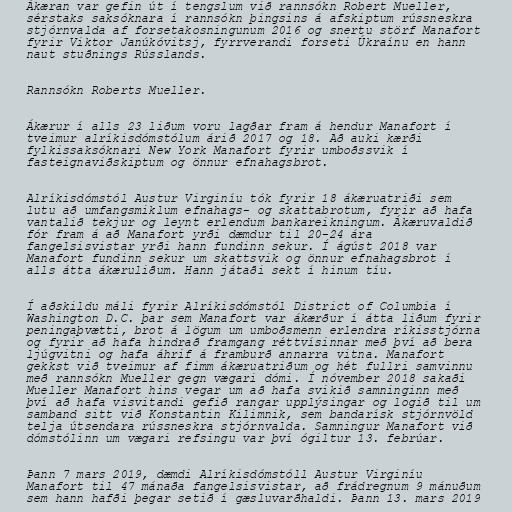
Ákæran var gefin út í tengslum við rannsókn Robert Mueller,
sérstaks saksóknara í rannsókn þingsins á afskiptum rússneskra
stjórnvalda af forsetakosningunum 2016 og snertu störf Manafort
fyrir Viktor Janúkóvitsj, fyrrverandi forseti Úkraínu en hann
naut stuðnings Rússlands.

Rannsókn Roberts Mueller.

Ákærur í alls 23 liðum voru lagðar fram á hendur Manafort í
tveimur alríkisdómstólum árið 2017 og 18. Að auki kærði
fylkissaksóknari New York Manafort fyrir umboðssvik í
fasteignaviðskiptum og önnur efnahagsbrot.

Alríkisdómstól Austur Virginíu tók fyrir 18 ákæruatriði sem
lutu að umfangsmiklum efnahags- og skattabrotum, fyrir að hafa
vantalið tekjur og leynt erlendum bankareikningum. Ákæruvaldið
fór fram á að Manafort yrði dæmdur til 20-24 ára
fangelsisvistar yrði hann fundinn sekur. Í ágúst 2018 var
Manafort fundinn sekur um skattsvik og önnur efnahagsbrot í
alls átta ákæruliðum. Hann játaði sekt í hinum tíu.

Í aðskildu máli fyrir Alríkisdómstól District of Columbia í
Washington D.C. þar sem Manafort var ákærður í átta liðum fyrir
peningaþvætti, brot á lögum um umboðsmenn erlendra ríkisstjórna
og fyrir að hafa hindrað framgang réttvísinnar með því að bera
ljúgvitni og hafa áhrif á framburð annarra vitna. Manafort
gekkst við tveimur af fimm ákæruatriðum og hét fullri samvinnu
með rannsókn Mueller gegn vægari dómi. Í nóvember 2018 sakaði
Mueller Manafort hins vegar um að hafa svikið samninginn með
því að hafa visvitandi gefið rangar upplýsingar og logið til um
samband sitt við Konstantin Kilimnik, sem bandarísk stjórnvöld
telja útsendara rússneskra stjórnvalda. Samningur Manafort við
dómstólinn um vægari refsingu var því ógiltur 13. febrúar.

Þann 7 mars 2019, dæmdi Alríkisdómstóll Austur Virginíu
Manafort til 47 mánaða fangelsisvistar, að frádregnum 9 mánuðum
sem hann hafði þegar setið í gæsluvarðhaldi. Þann 13. mars 2019